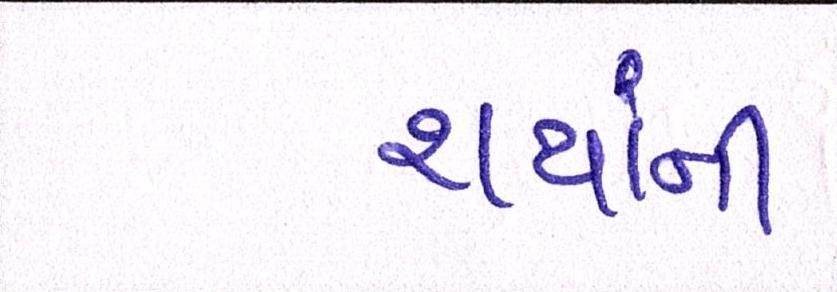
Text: થયાંની